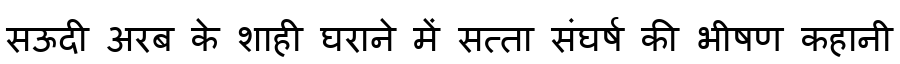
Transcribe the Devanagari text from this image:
सऊदी अरब के शाही घराने में सत्ता संघर्ष की भीषण कहानी